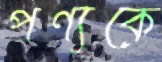
পণ্যকে